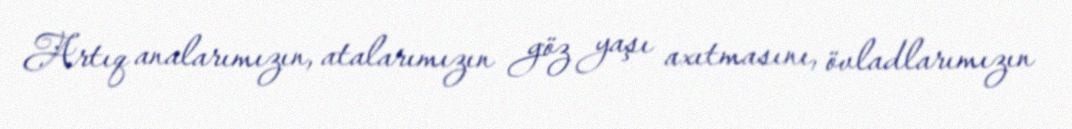
Artıq analarımızın, atalarımızın göz yaşı axıtmasını, övladlarımızın